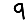
Digit: 9